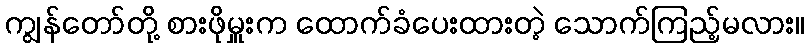
ကျွန်တော်တို့ စားဖိုမှူးက ထောက်ခံပေးထားတဲ့ သောက်ကြည့်မလား။